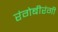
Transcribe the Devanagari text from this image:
रंगेबीरंगी